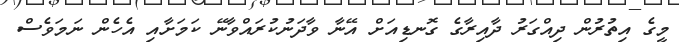
މީގެ އިތުރުން ދިއްގަރު ދާއިރާގެ ގޮނޑިއަށް އޭނާ ވާދަނުކުރައްވާނޭ ކަމަށާއި އެހެން ނަމަވެސް